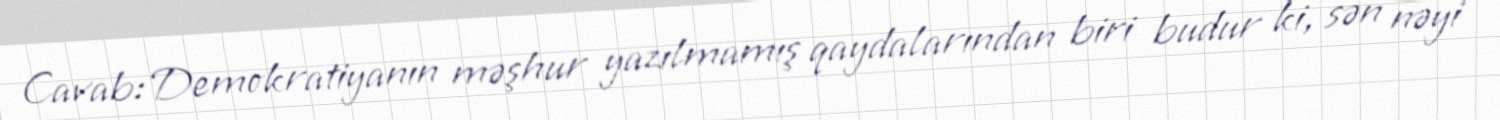
Cavab: Demokratiyanın məşhur yazılmamış qaydalarından biri budur ki, sən nəyi